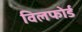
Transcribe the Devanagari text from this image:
विलफोर्ड